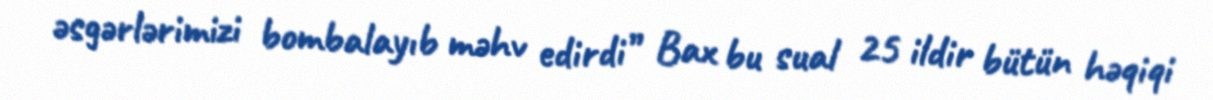
əsgərlərimizi bombalayıb məhv edirdi” Bax bu sual 25 ildir bütün həqiqi